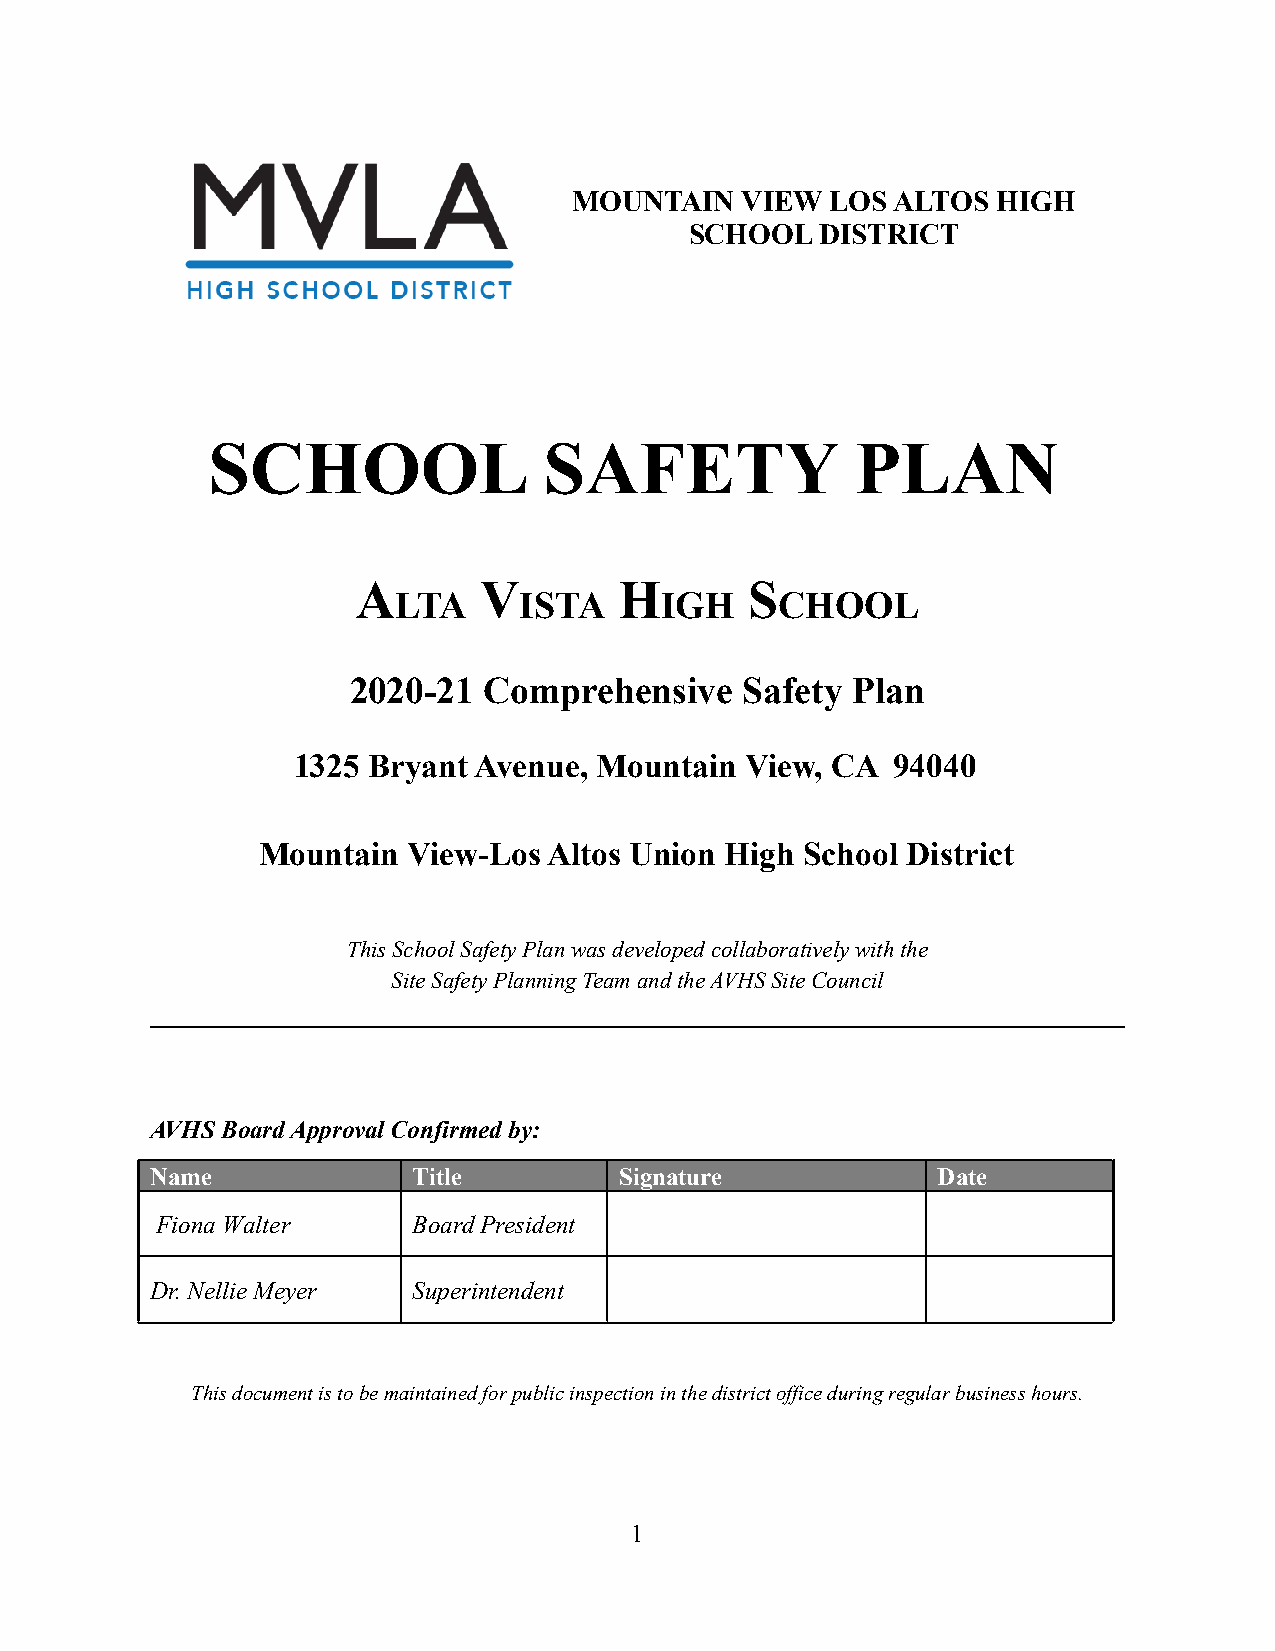
MOUNTAIN   VIEW  LOS ALTOS  HIGH
 SCHOOL  DISTRICT
 SCHOOL                SAFETY               PLAN
 A       V        H        S
 LTA     ISTA      IGH     CHOOL
 2020-21  Comprehensive    Safety Plan
 1325 Bryant Avenue,  Mountain View, CA  94040
 Mountain  View-Los Altos Union High School District
 This School Safety Plan was developed collaborativelywith the
 Site Safety Planning Team and the AVHS Site Council
 AVHS Board Approval Confirmed by:
 Name             Title         Signature            Date
 Fiona Walter     Board President
 Dr. Nellie Meyer Superintendent
 This document is to be maintained for public inspectionin the district office during regular business hours.
 1